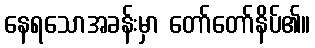
နေရသောအခန်းမှာ တော်တော်နိပ်၏။